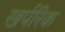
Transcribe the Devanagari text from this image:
खर्परिक